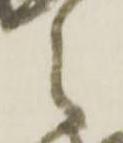
之